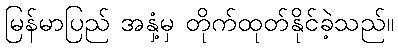
မြန်မာပြည် အနှံ့မှ တိုက်ထုတ်နိုင်ခဲ့သည်။